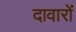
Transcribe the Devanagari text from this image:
दावारों